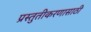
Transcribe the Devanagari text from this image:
प्रस्तुतीकरणासाठी